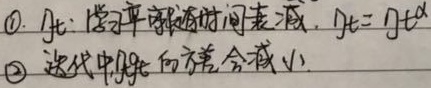
\textcircled{1} \(\eta_t\)：学习率随时间表减，\(\eta_t = \eta t^{\alpha}\)。
\textcircled{2} 迭代中目标函数值会减小 。